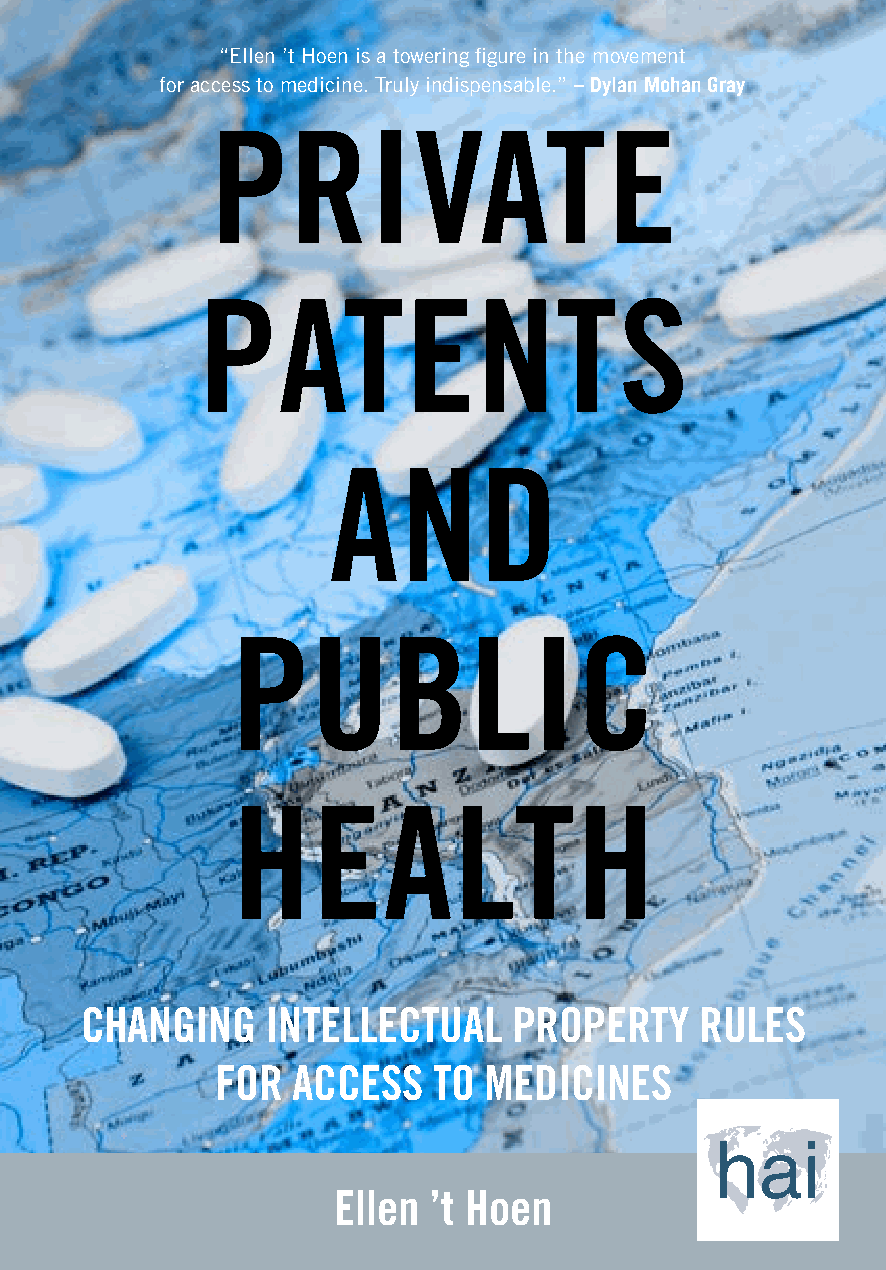
“Ellen ’t Hoen is a towering figure in the movement
 for access to medicine. Truly indispensable.” – Dylan Mohan Gray
 PRIVATE
 PATENTS
 AND
 PUBLIC
 HEALTH
 CHANGING     INTELLECTUAL    PROPERTY    RULES
 FOR  ACCESS    TO MEDICINES
 Ellen ’t Hoen